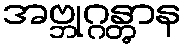
အဗ္ဘုဂ္ဂန္တွာန